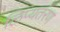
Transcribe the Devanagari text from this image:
लिप्यतंरण